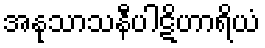
အနုသာသနီပါဋိဟာရိယံ